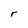
Character: r